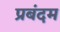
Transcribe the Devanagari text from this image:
प्रबंदम